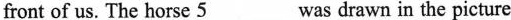
front of us. The horse \underline{5} was drawn in the picture